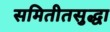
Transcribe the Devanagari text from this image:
समितीतसुद्धा